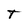
Character: T